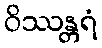
ဝိဿန္တရံ